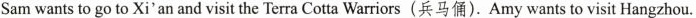
Sam wants to go to Xi'an and visit the Terra Cotta Warriors(兵马俑). Amy wants to visit Hangzhou.